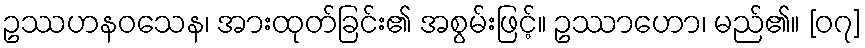
ဥဿဟနဝသေန၊ အားထုတ်ခြင်း၏ အစွမ်းဖြင့်။ ဥဿာဟော၊ မည်၏။ [၀၇]